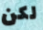
لكن